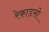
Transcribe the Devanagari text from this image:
रेकाडसो